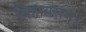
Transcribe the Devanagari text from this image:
विहायसम्।